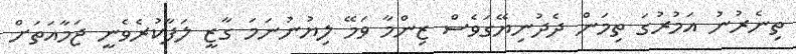
ތިނެރުނު އަމުރުގަ ތިމަން ދެދުނިޔޭގަވެސް ޒިންމާ ވަމޭ ލިޔުނުނަމަ ގާޒީ ލަފާކުރެވެނީ ޖަމާއަތަށް